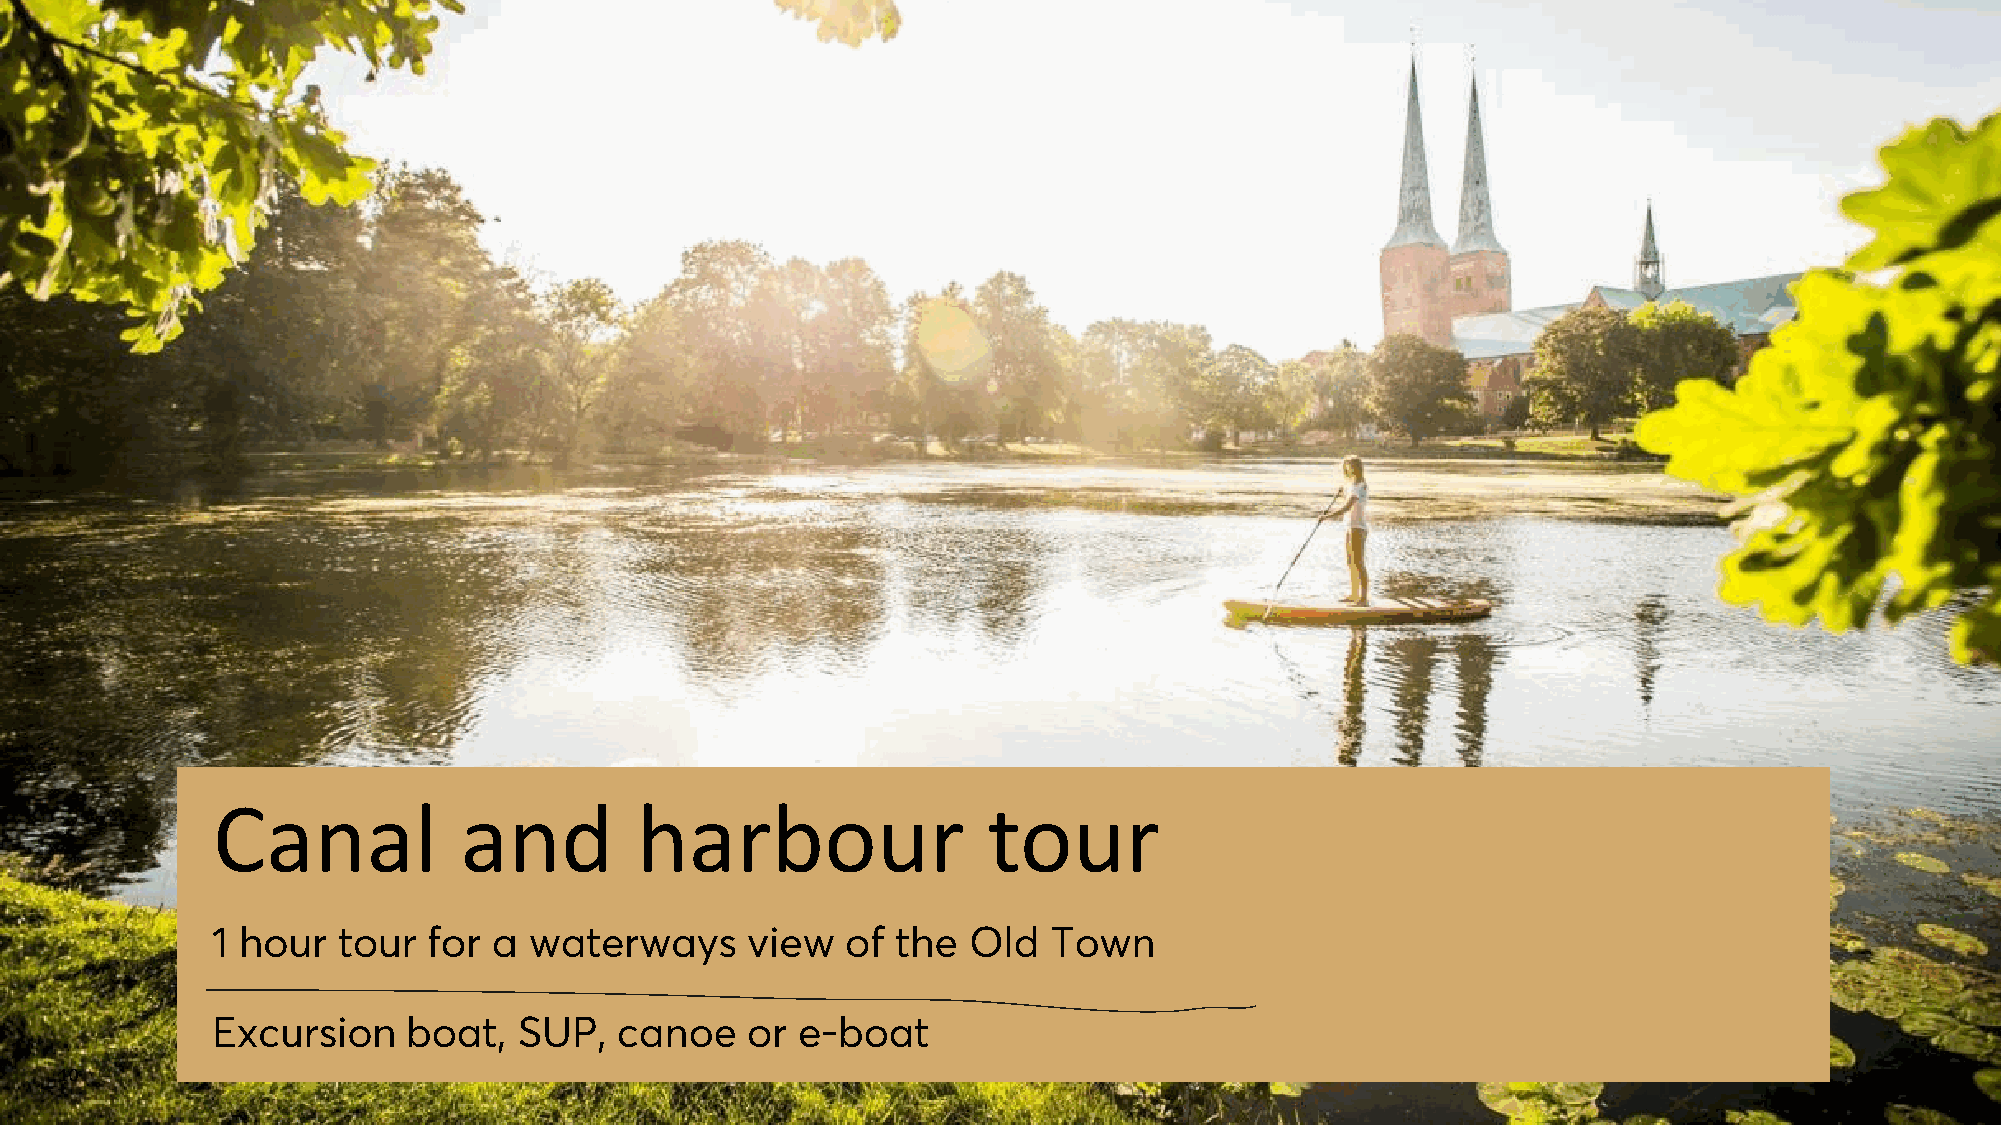
Canal           and         harbour                tour
 10